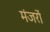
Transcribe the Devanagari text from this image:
मंजरों